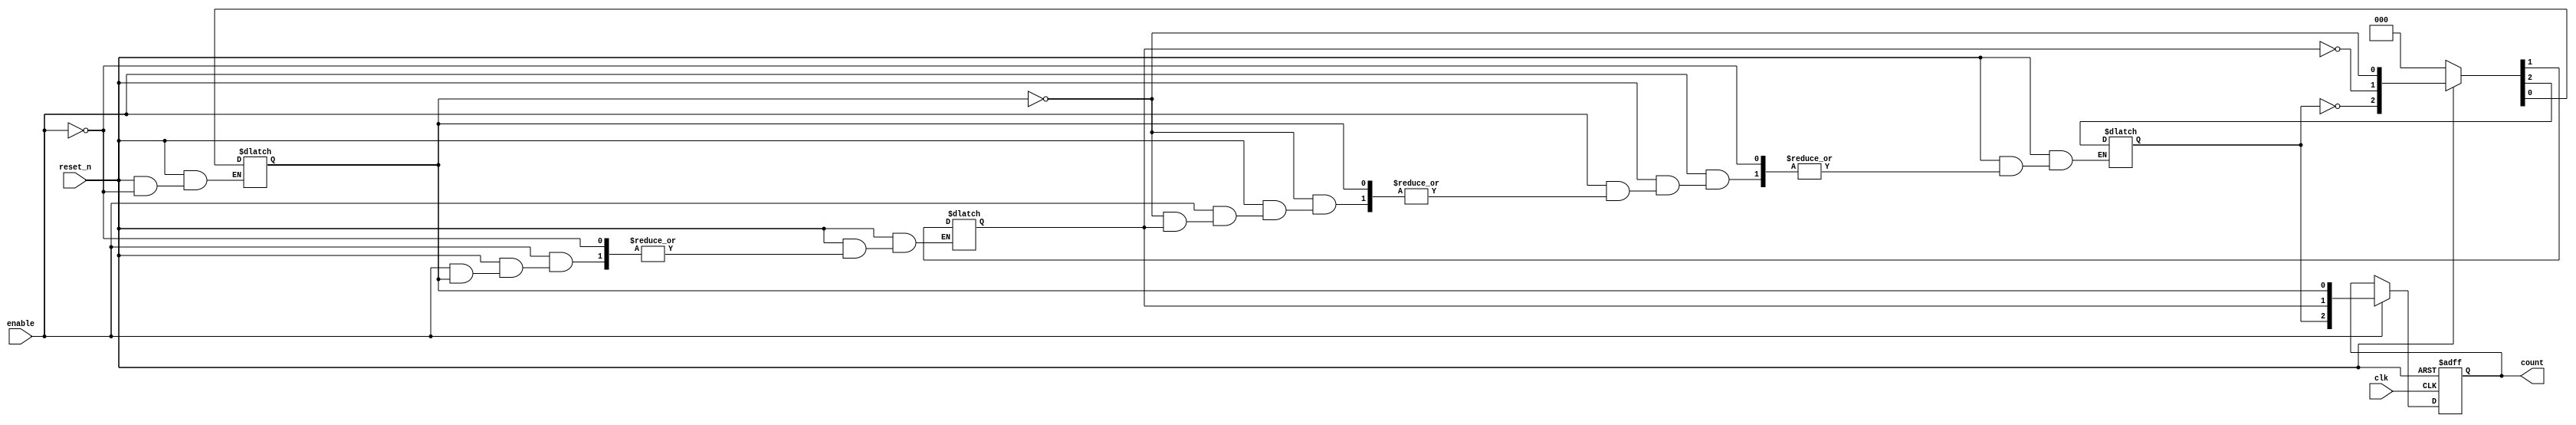
module async_ripple_counter #(
    parameter N = 3 // Number of bits in the counter (default is 3)
) (
    input wire clk,        // Clock input (used for FF0 only in ripple logic)
    input wire reset_n,    // Active low asynchronous reset
    input wire enable,     // Enable signal for counting
    output reg [N-1:0] count // Counter output
);

    // Internal flip-flop outputs for the ripple effect
    reg [N-1:0] ff;

    // Asynchronous reset logic
    always @(*) begin
        if (!reset_n) begin
            ff = 0; // Clear all flip-flops
        end else if (enable) begin
            ff[0] = ~ff[0]; // Toggle the LSB (FF0)
            if (ff[0] == 1) begin
                ff[1] = ~ff[1]; // Toggle FF1 if FF0 transitions from 0 to 1
                if (ff[1] == 1) begin
                    ff[2] = ~ff[2]; // Toggle FF2 if FF1 transitions from 0 to 1
                    // Continue for FF3, FF4, etc. as required
                end
            end
        end
    end

    // Update count on the clock edge
    always @(posedge clk or negedge reset_n) begin
        if (!reset_n) begin
            count <= 0; // Reset count
        end else if (enable) begin
            count <= ff; // Update count with current ff values
        end
    end
endmodule